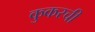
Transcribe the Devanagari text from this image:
कुकरची